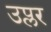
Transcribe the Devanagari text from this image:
उप्लर